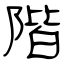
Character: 階